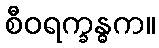
စီဝရက္ခန္ဓက။